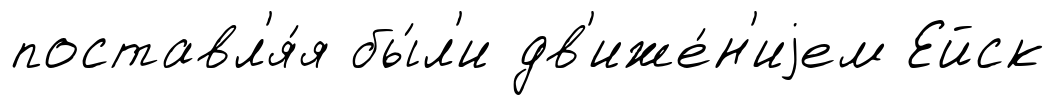
поставл'я́я бы́л'и дв'иже́н'иjем Ейск